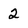
Character: 2